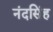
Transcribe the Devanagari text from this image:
नंदसिंह